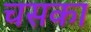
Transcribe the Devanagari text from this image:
चसका